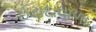
ઈરાદાવાળા